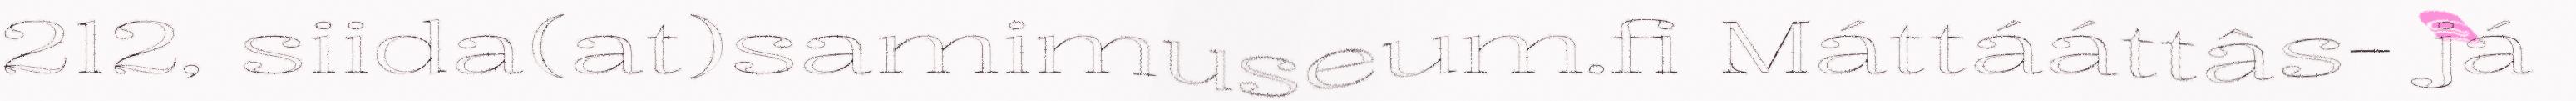
212, siida(at)samimuseum.fi Máttááttâs- já